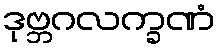
ဒုဗ္ဘဂလက္ခဏံ